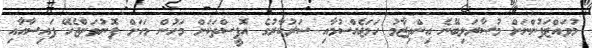
މުވައްޒަފުންނަށް މުސާރަލިބޭނެ އިންތިޒާމު ހަމަޖެއްސުމާއި ސަރުކާރުގެ އޮފީސްތަކަށް މަހުން މަހަށް ފޮނުވަންޖެހޭ ފައިސާއާއި